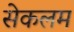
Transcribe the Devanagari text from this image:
सेकलम